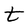
Character: t